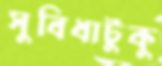
সুবিধাটুকু